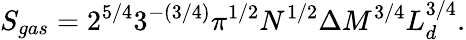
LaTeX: S_{gas}=2^{5/4}3^{-(3/4)}\pi^{1/2}N^{1/2}\Delta M^{3/4}L_{d}^{3/4}.